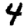
Digit: 4